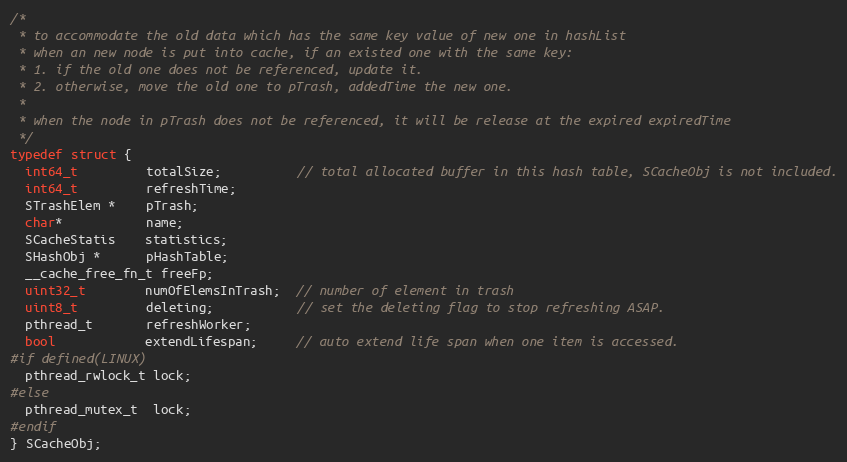
Language: C
/*
 * to accommodate the old data which has the same key value of new one in hashList
 * when an new node is put into cache, if an existed one with the same key:
 * 1. if the old one does not be referenced, update it.
 * 2. otherwise, move the old one to pTrash, addedTime the new one.
 *
 * when the node in pTrash does not be referenced, it will be release at the expired expiredTime
 */
typedef struct {
  int64_t         totalSize;          // total allocated buffer in this hash table, SCacheObj is not included.
  int64_t         refreshTime;
  STrashElem *    pTrash;
  char*           name;
  SCacheStatis    statistics;
  SHashObj *      pHashTable;
  __cache_free_fn_t freeFp;
  uint32_t        numOfElemsInTrash;  // number of element in trash
  uint8_t         deleting;           // set the deleting flag to stop refreshing ASAP.
  pthread_t       refreshWorker;
  bool            extendLifespan;     // auto extend life span when one item is accessed.
#if defined(LINUX)
  pthread_rwlock_t lock;
#else
  pthread_mutex_t  lock;
#endif
} SCacheObj;